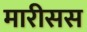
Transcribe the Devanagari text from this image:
मारीसस